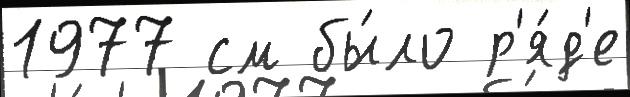
1977 см бы́ло р'я́д'е